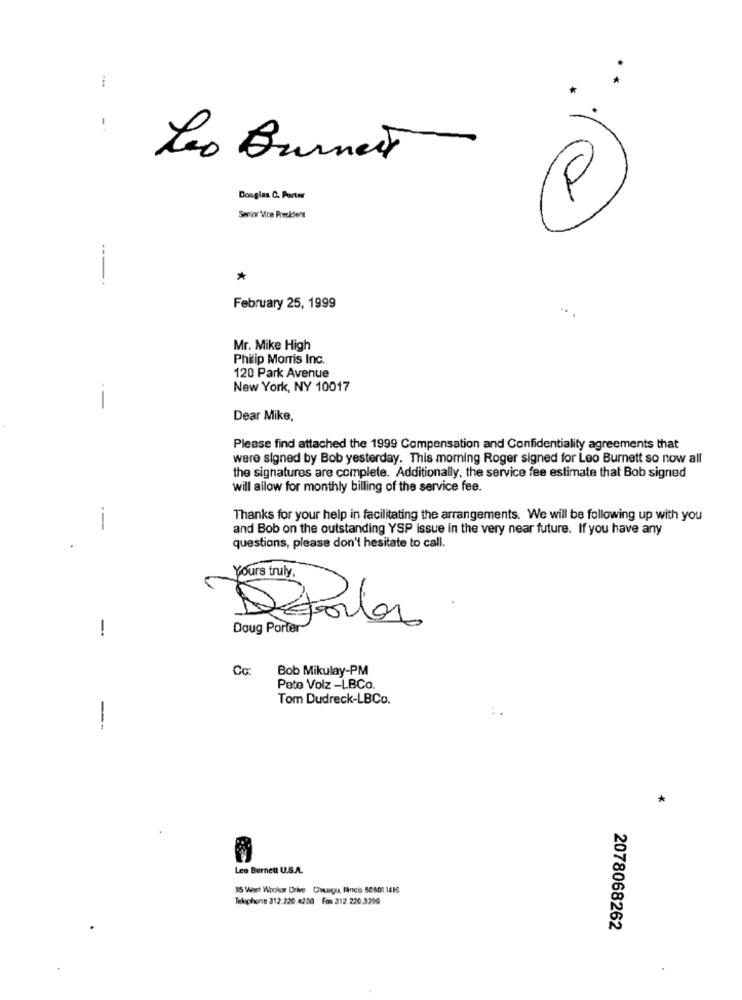
...
-
Leo Burnett
F
Douglas C. Porter
Senior Vice President
---
*
February 25, 1999
Mr. Mike High
Philip Morris Inc.
120 Park Avenue
New York, NY 10017
--
Dear Mike,
Please find attached the 1999 Compensation and Confidentiality agreements that
were signed by Bob yesterday. This morning Roger signed for Leo Burnett so now all
the signatures are complete. Additionally, the service fee estimate that Bob signed
will allow for monthly billing of the service fee.
Thanks for your help in facilitating the arrangements. We will be following up with you
---
and Bob on the outstanding YSP issue in the very near future. If you have any
questions, please don't hesitate to call.
Yours truly,
Sporlos
!
Doug Porter-
Bob Mikulay-PM
Pete Volz -LBCo.
Tom Dudreck-LBCo.
--
*
Leo Burnett U.S.A.
35 Warst Wookor Drive Diagra fincis 56601.1618
Telephone 312.220 4280 Fon 212.220.3290
2078068262